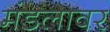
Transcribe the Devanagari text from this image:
मंडलावर